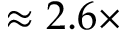
\approx 2 . 6 \times